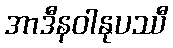
အာဒီနဝါနုပဿီ